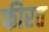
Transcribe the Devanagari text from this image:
फीरत